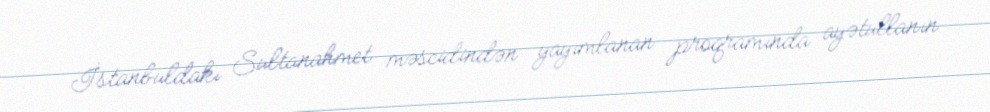
İstanbuldakı Sultanahmet məscidindən yayımlanan proqramında ayətullanın